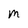
Character: M